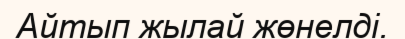
Айтып жылай жөнелді.